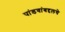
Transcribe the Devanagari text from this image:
पांडवांबद्दलचे